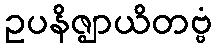
ဥပနိဇ္ဈာယိတဗ္ဗံ